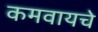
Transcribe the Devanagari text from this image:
कमवायचे